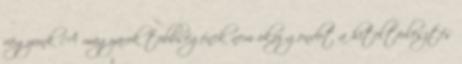
vágyunk A magyarok többségének nem okoz gondot a hiteltörlesztés